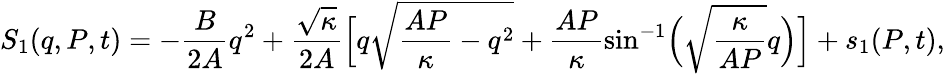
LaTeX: S_{1}(q,P,t)=-\frac{B}{2A}q^{2}+\frac{\sqrt{\kappa}}{2A}\Bigl[q\sqrt{\frac{AP}{\kappa}-q^{2}}+\frac{AP}{\kappa}\sin^{-1}\Bigl(\sqrt{\frac{\kappa}{AP}}q\Bigr)\Bigr]+s_{1}(P,t),